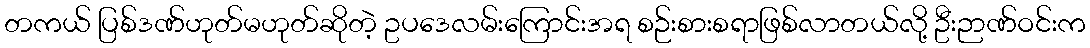
တကယ် ပြစ်ဒဏ်ဟုတ်မဟုတ်ဆိုတဲ့ ဥပဒေလမ်းကြောင်းအရ စဉ်းစားစရာဖြစ်လာတယ်လို့ ဦးဉာဏ်ဝင်းက